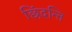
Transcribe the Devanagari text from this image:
छिंदन्ति